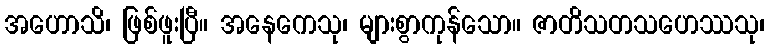
အဟောသိ၊ ဖြစ်ဖူးပြီ။ အနေကေသု၊ များစွာကုန်သော။ ဇာတိသတသဟေဿသု၊